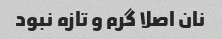
نان اصلا گرم و تازه نبود